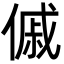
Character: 傶